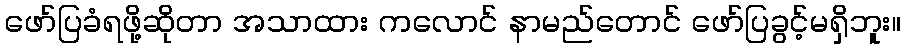
ဖော်ပြခံရဖို့ဆိုတာ အသာထား ကလောင် နာမည်တောင် ဖော်ပြခွင့်မရှိဘူး။